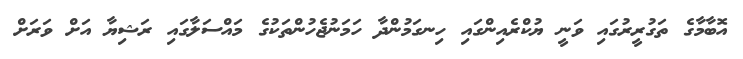
އޮބާމާގެ ތަގުރީރުގައި ވަނީ ޔުކްރެއިންގައި ހިނގަމުންދާ ހަމަނުޖެހުންތަކުގެ މައްސަލާގައި ރަޝިޔާ އަށް ވަރަށް